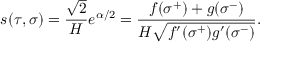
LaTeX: s ( \tau , \sigma ) = \frac { \sqrt { 2 } } { H } e ^ { \alpha / 2 } = \frac { f ( \sigma ^ { + } ) + g ( \sigma ^ { - } ) } { H \sqrt { f ^ { \prime } ( \sigma ^ { + } ) g ^ { \prime } ( \sigma ^ { - } ) } } .